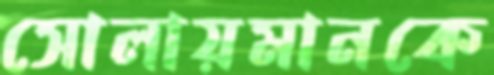
সোলায়মানকে